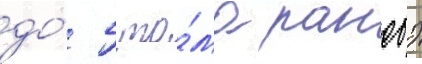
до́ 5 то́ма ранобэ